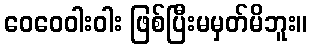
ဝေဝေဝါးဝါး ဖြစ်ပြီးမမှတ်မိဘူး။